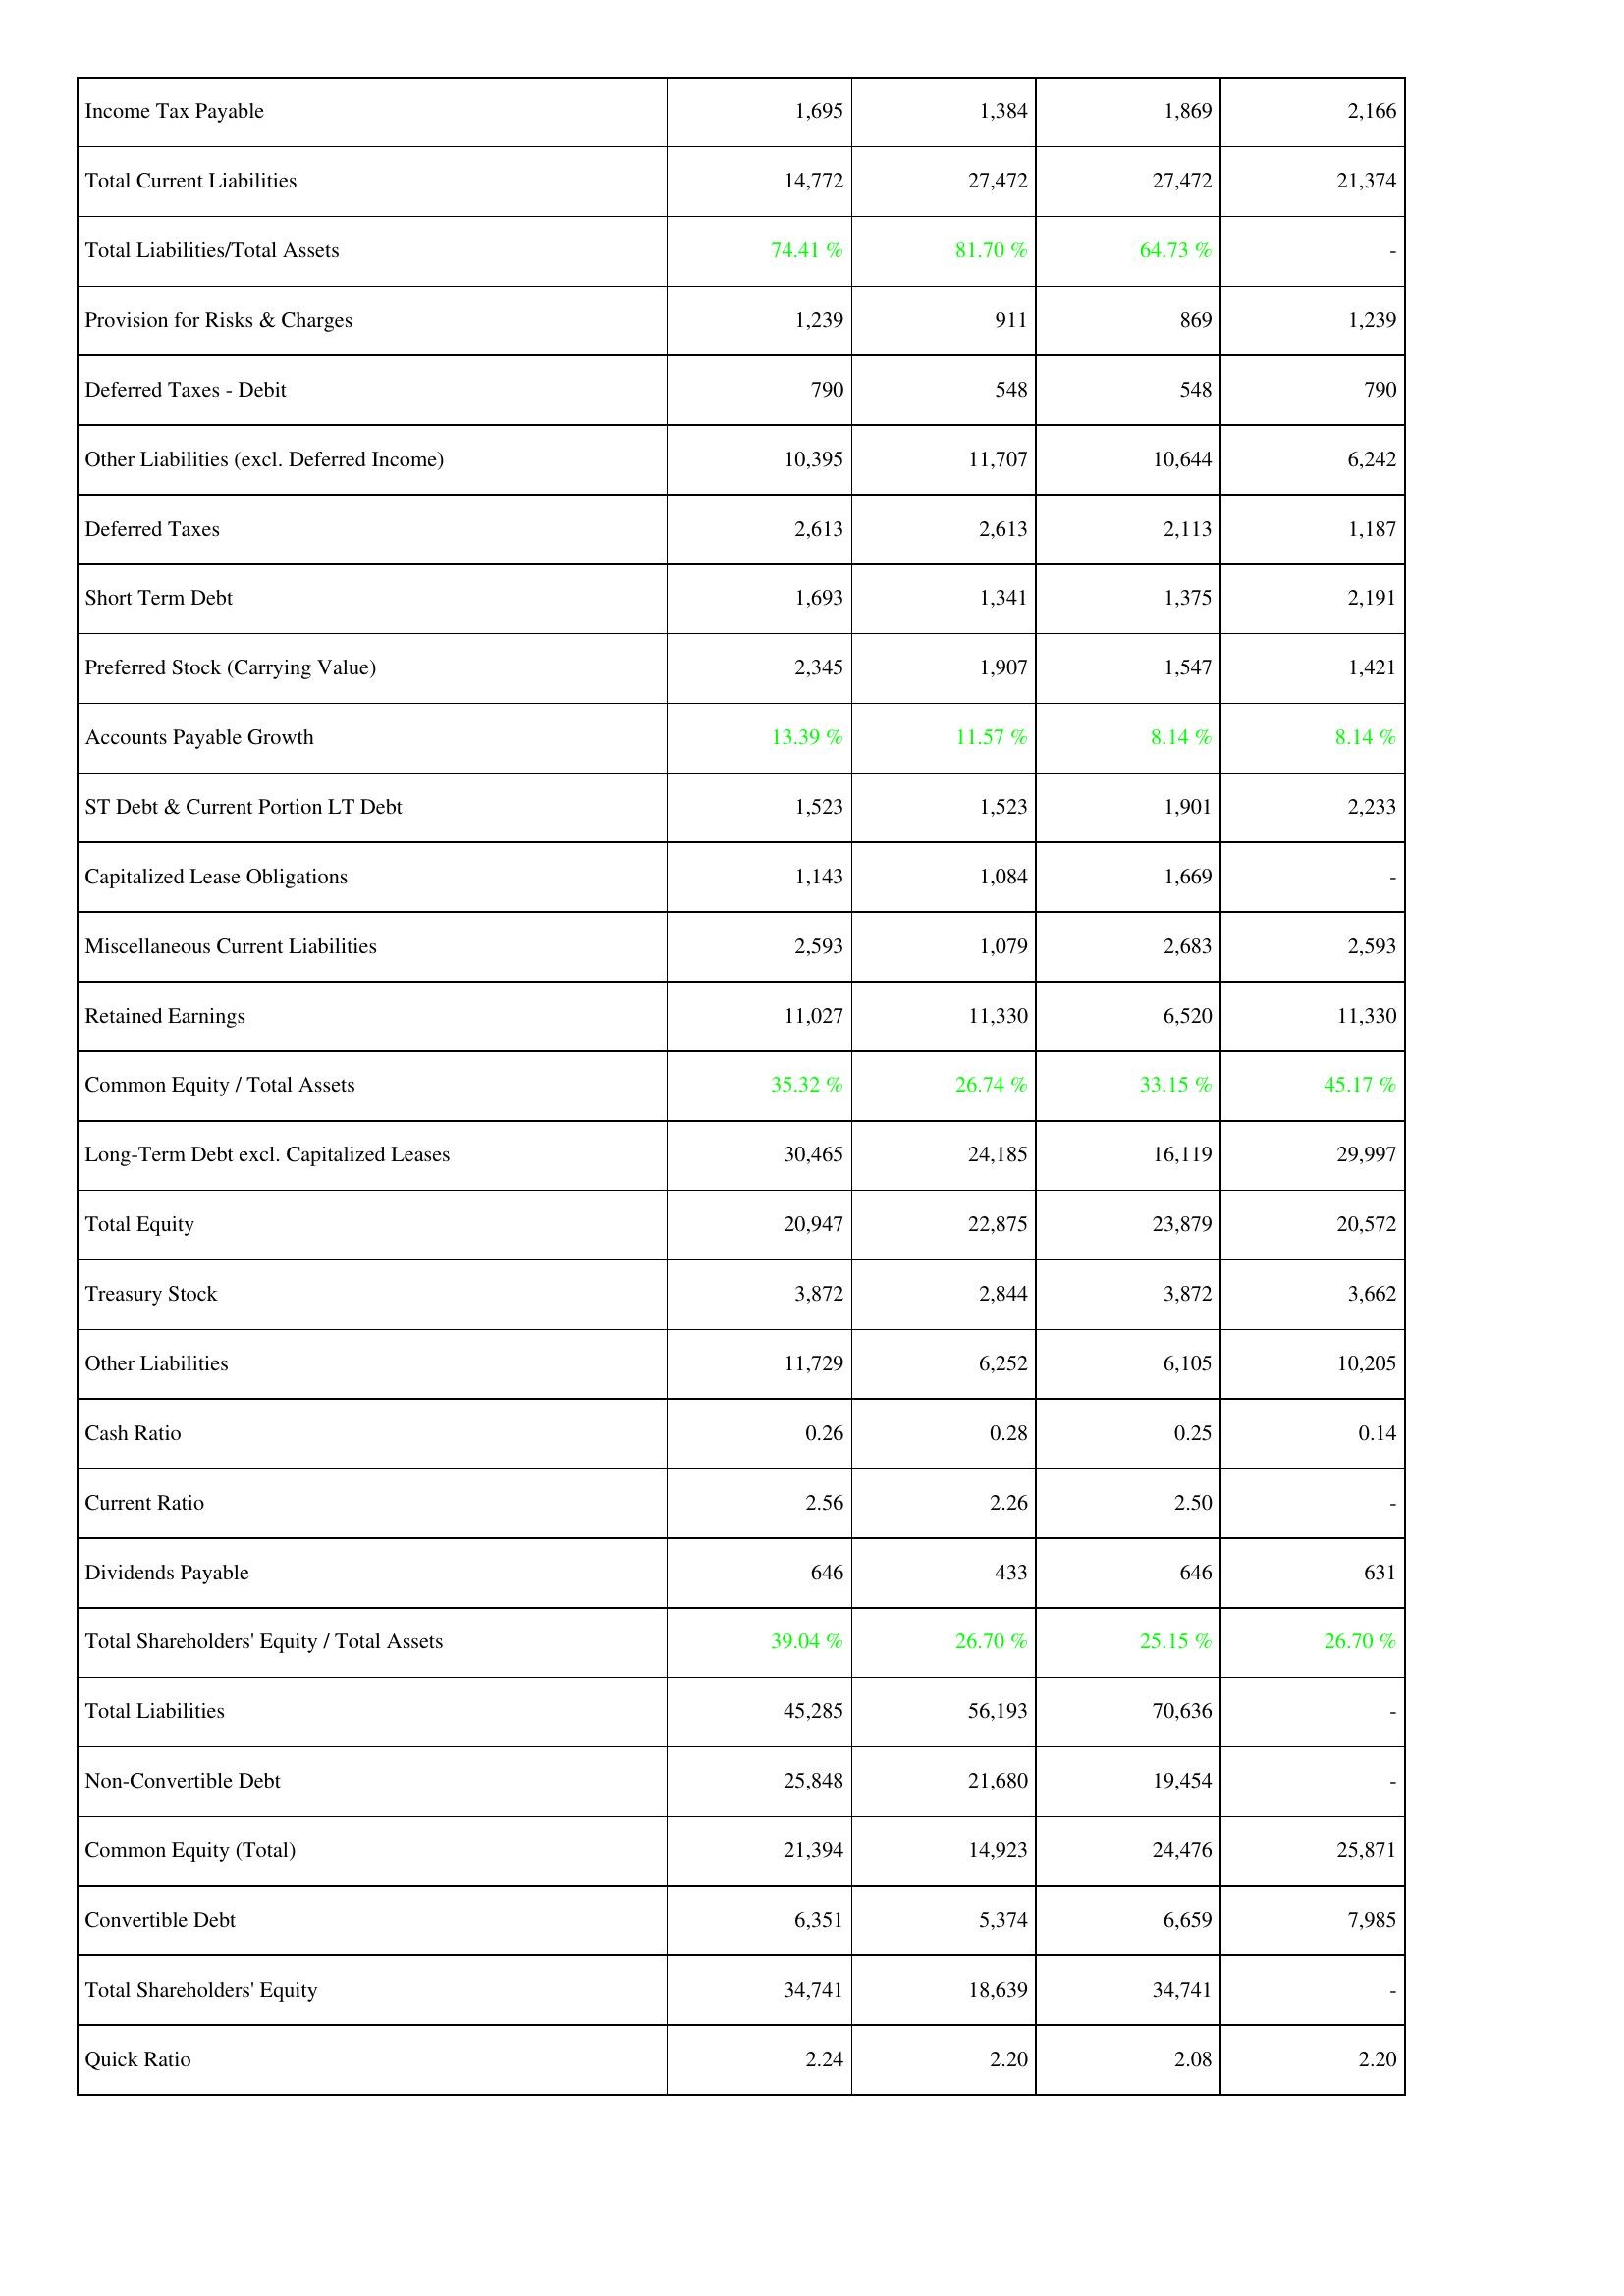
2015: Liabilities & Shareholders' Equity: Income Tax Payable: 1,695
Total Current Liabilities: 14,772
Total Liabilities/Total Assets: 74.41 %
Provision for Risks & Charges: 1,239
Deferred Taxes - Debit: 790
Other Liabilities (excl. Deferred Income): 10,395
Deferred Taxes: 2,613
Short Term Debt: 1,693
Preferred Stock (Carrying Value): 2,345
Accounts Payable Growth: 13.39 %
ST Debt & Current Portion LT Debt: 1,523
Capitalized Lease Obligations: 1,143
Miscellaneous Current Liabilities: 2,593
Retained Earnings: 11,027
Common Equity / Total Assets: 35.32 %
Long-Term Debt excl. Capitalized Leases: 30,465
Total Equity: 20,947
Treasury Stock: 3,872
Other Liabilities: 11,729
Cash Ratio: 0.26
Current Ratio: 2.56
Dividends Payable: 646
Total Shareholders' Equity / Total Assets: 39.04 %
Total Liabilities: 45,285
Non-Convertible Debt: 25,848
Common Equity (Total): 21,394
Convertible Debt: 6,351
Total Shareholders' Equity: 34,741
Quick Ratio: 2.24
2016: Liabilities & Shareholders' Equity: Income Tax Payable: 1,384
Total Current Liabilities: 27,472
Total Liabilities/Total Assets: 81.70 %
Provision for Risks & Charges: 911
Deferred Taxes - Debit: 548
Other Liabilities (excl. Deferred Income): 11,707
Deferred Taxes: 2,613
Short Term Debt: 1,341
Preferred Stock (Carrying Value): 1,907
Accounts Payable Growth: 11.57 %
ST Debt & Current Portion LT Debt: 1,523
Capitalized Lease Obligations: 1,084
Miscellaneous Current Liabilities: 1,079
Retained Earnings: 11,330
Common Equity / Total Assets: 26.74 %
Long-Term Debt excl. Capitalized Leases: 24,185
Total Equity: 22,875
Treasury Stock: 2,844
Other Liabilities: 6,252
Cash Ratio: 0.28
Current Ratio: 2.26
Dividends Payable: 433
Total Shareholders' Equity / Total Assets: 26.70 %
Total Liabilities: 56,193
Non-Convertible Debt: 21,680
Common Equity (Total): 14,923
Convertible Debt: 5,374
Total Shareholders' Equity: 18,639
Quick Ratio: 2.20
2017: Liabilities & Shareholders' Equity: Income Tax Payable: 1,869
Total Current Liabilities: 27,472
Total Liabilities/Total Assets: 64.73 %
Provision for Risks & Charges: 869
Deferred Taxes - Debit: 548
Other Liabilities (excl. Deferred Income): 10,644
Deferred Taxes: 2,113
Short Term Debt: 1,375
Preferred Stock (Carrying Value): 1,547
Accounts Payable Growth: 8.14 %
ST Debt & Current Portion LT Debt: 1,901
Capitalized Lease Obligations: 1,669
Miscellaneous Current Liabilities: 2,683
Retained Earnings: 6,520
Common Equity / Total Assets: 33.15 %
Long-Term Debt excl. Capitalized Leases: 16,119
Total Equity: 23,879
Treasury Stock: 3,872
Other Liabilities: 6,105
Cash Ratio: 0.25
Current Ratio: 2.50
Dividends Payable: 646
Total Shareholders' Equity / Total Assets: 25.15 %
Total Liabilities: 70,636
Non-Convertible Debt: 19,454
Common Equity (Total): 24,476
Convertible Debt: 6,659
Total Shareholders' Equity: 34,741
Quick Ratio: 2.08
2018: Liabilities & Shareholders' Equity: Income Tax Payable: 2,166
Total Current Liabilities: 21,374
Total Liabilities/Total Assets: -
Provision for Risks & Charges: 1,239
Deferred Taxes - Debit: 790
Other Liabilities (excl. Deferred Income): 6,242
Deferred Taxes: 1,187
Short Term Debt: 2,191
Preferred Stock (Carrying Value): 1,421
Accounts Payable Growth: 8.14 %
ST Debt & Current Portion LT Debt: 2,233
Capitalized Lease Obligations: -
Miscellaneous Current Liabilities: 2,593
Retained Earnings: 11,330
Common Equity / Total Assets: 45.17 %
Long-Term Debt excl. Capitalized Leases: 29,997
Total Equity: 20,572
Treasury Stock: 3,662
Other Liabilities: 10,205
Cash Ratio: 0.14
Current Ratio: -
Dividends Payable: 631
Total Shareholders' Equity / Total Assets: 26.70 %
Total Liabilities: -
Non-Convertible Debt: -
Common Equity (Total): 25,871
Convertible Debt: 7,985
Total Shareholders' Equity: -
Quick Ratio: 2.20